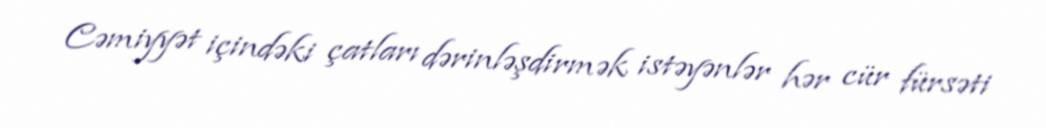
Cəmiyyət içindəki çatları dərinləşdirmək istəyənlər hər cür fürsəti